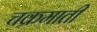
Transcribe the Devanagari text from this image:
चक्रमाती